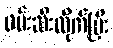
ဖမ်းဆီးလိုက်ပြီး